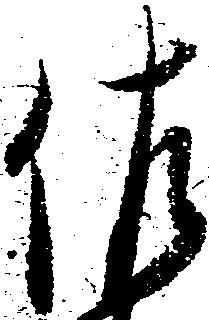
佐